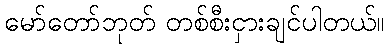
မော်တော်ဘုတ် တစ်စီးငှားချင်ပါတယ်။